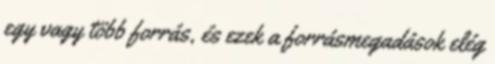
egy vagy több forrás, és ezek a forrásmegadások elég